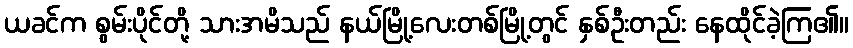
ယခင်က စွမ်းပိုင်တို့ သားအမိသည် နယ်မြို့လေးတစ်မြို့တွင် နှစ်ဦးတည်း နေထိုင်ခဲ့ကြ၏။